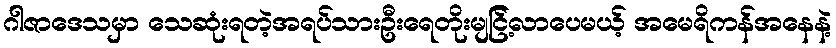
ဂါဇာဒေသမှာ သေဆုံးရတဲ့အရပ်သားဦးရေတိုးမျငြ့်လာပေမယ့် အမေရိကန်အနေနဲ့